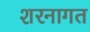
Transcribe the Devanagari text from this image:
शरनागत